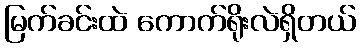
မြက်ခင်းထဲ ကောက်ရိုးလဲရှိတယ်